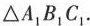
\triangle A_{1}B_{1}C_{1}.